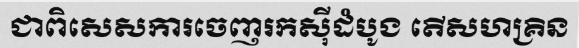
ជាពិសេសការចេញរកស៊ីដំបូង តើសហគ្រិន